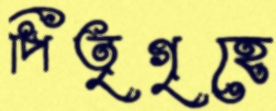
পিতৃগৃহে